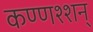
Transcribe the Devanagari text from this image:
कण्णश्शन्